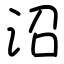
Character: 沼